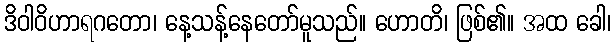
ဒိဝါဝိဟာရဂတော၊ နေ့သန့်နေတော်မူသည်။ ဟောတိ၊ ဖြစ်၏။ အထ ခေါ၊